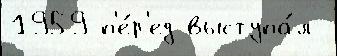
1959 п'е́р'ед выступа́л